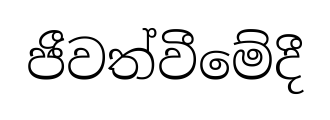
ජීවත්වීමේදී